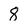
Character: 8